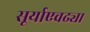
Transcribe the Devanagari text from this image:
सूर्याएवढ्या